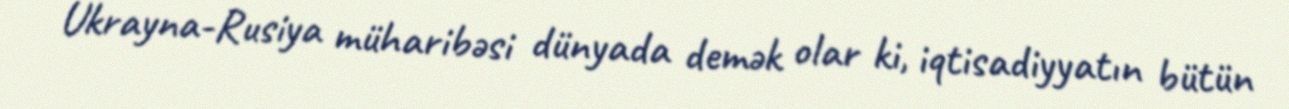
Ukrayna-Rusiya müharibəsi dünyada demək olar ki, iqtisadiyyatın bütün